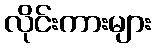
လိုင်းကားများ